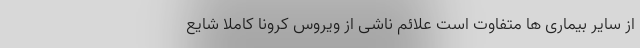
از سایر بیماری ها متفاوت است علائم ناشی از ویروس کرونا کاملاً شایع